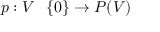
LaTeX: p : V \setminus \{ 0 \} \to P ( V )